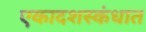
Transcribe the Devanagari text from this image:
एकादशस्‍कंधात